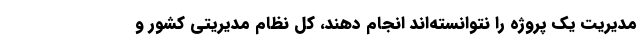
مدیریت یک پروژه را نتوانسته‌اند انجام دهند، کل نظام مدیریتی کشور و